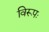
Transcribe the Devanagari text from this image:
विरूपः